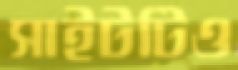
সাইটটিও